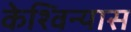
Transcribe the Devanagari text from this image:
केश्विन्यास